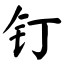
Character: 钉